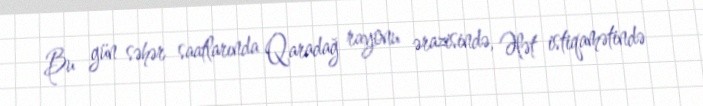
Bu gün səhər saatlarında Qaradağ rayonu ərazisində, Ələt istiqamətində